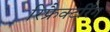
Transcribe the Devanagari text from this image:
रिफ्रैक्टरिंग